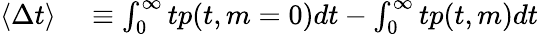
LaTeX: \begin{array}{rl}{\langle\Delta t\rangle}&{{}\equiv\int_{0}^{\infty}tp(t,m=0)dt-\int_{0}^{\infty}tp(t,m)dt}\end{array}